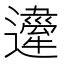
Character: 𨘇